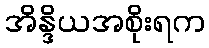
အိန္ဒိယအစိုးရက